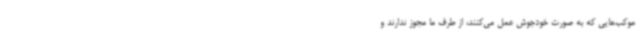
موکب‌هایی که به‌ صورت خودجوش عمل می‌کنند، از طرف ما مجوز ندارند و